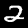
Label: 2